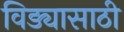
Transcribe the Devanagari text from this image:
विड्यासाठी